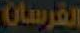
الفرسان